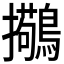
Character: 𫛒